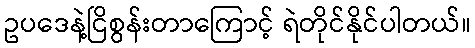
ဥပဒေနဲ့ငြိစွန်းတာကြောင့် ရဲတိုင်နိုင်ပါတယ်။